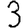
Digit: 3